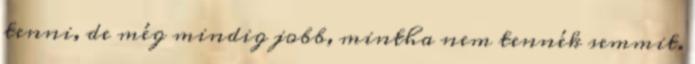
tenni, de még mindig jobb, mintha nem tennék semmit.